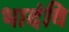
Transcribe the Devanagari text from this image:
भादंवि